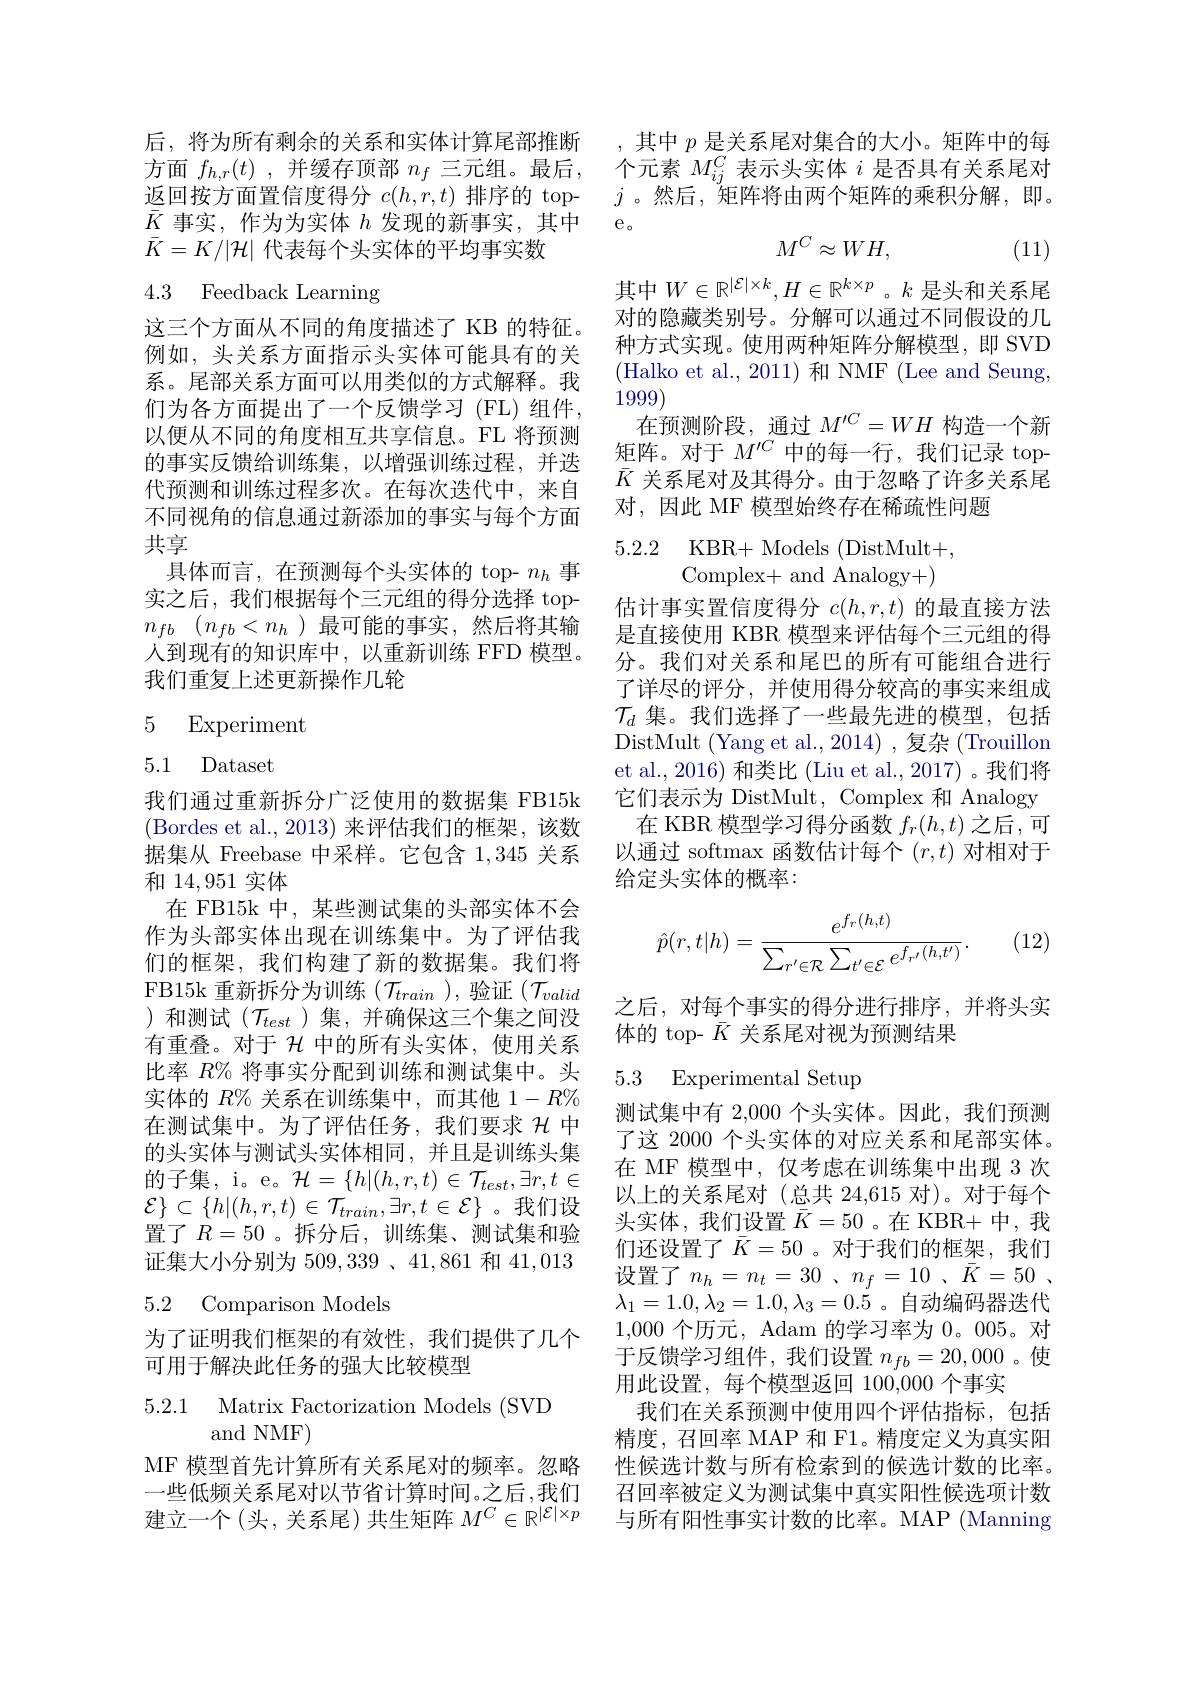
$\bar{K}$事实，作为为实体$h$发现的新事实，其中
$\bar{K}=K/|\mathcal{H}|$代表每个头实体的平均事实数

# 4.3 Feedback Learning

这三个方面从不同的角度描述了 KB 的特征。例如，头关系方面指示头实体可能具有的关系。尾部关系方面可以用类似的方式解释。我们为各方面提出了一个反馈学习(FL)组件， 以便从不同的角度相互共享信息。FL 将预测的事实反馈给训练集，以增强训练过程，并迭代预测和训练过程多次。在每次迭代中，来自不同视角的信息通过新添加的事实与每个方面共享
具体而言，在预测每个头实体的 top- $n_h$事实之后，我们根据每个三元组的得分选择 top- $n_{fb}$ $( n_{fb}< n_h$ )最可能的事实，然后将其输人到现有的知识库中，以重新训练 FFD 模型。我们重复上述更新操作几轮

## 5 Experiment

5.1 Dataset

我们通过重新拆分广泛使用的数据集 FB15k (Bordes et al.,2013)来评估我们的框架，该数据集从 Freebase 中采样。它包含 1,345 关系和14，951实体
在 FB15k 中，某些测试集的头部实体不会作为头部实体出现在训练集中。为了评估我们的框架，我们构建了新的数据集。我们将FB15k 重新拆分为训练$(\mathcal{T}_{train}$ ),验证$(\mathcal{T}_valid$ )和测试($\mathcal{T}_{test}$)集，并确保这三个集之间没有重叠。对于$\mathcal{H}$中的所有头实体，使用关系比率$R\%$将事实分配到训练和测试集中。头实体的$R\%$关系在训练集中，而其他$1-R\%$ 在测试集中。为了评估任务，我们要求$\mathcal{H}$中的头实体与测试头实体相同，并且是训练头集的子集，i。e。$\mathcal{H}=\{h|(h,r,t)\in\mathcal{T}_{test},\exists r,t\in$ $\mathcal{E}\}\subset\{h|(h,r,t)\in\mathcal{T}_{train},\exists r,t\in\mathcal{E}\}$。我们设置了$R=50$ 。拆分后，训练集、测试集和验证集大小分别为 509,339 、41,861 和 41,013

### 5.2 Comparison Models

为了证明我们框架的有效性，我们提供了几个
可用于解决此任务的强大比较模型

5.2.1 Matrix Factorization Models (SVD
and NMF)

MF 模型首先计算所有关系尾对的频率。忽略一些低频关系尾对以节省计算时间。之后，我们建立一个(头，关系尾) 共生矩阵$M^C\in\mathbb{R}^{|\mathcal{E}|\times p}$

后，将为所有剩余的关系和实体计算尾部推断 ,其中$p$是关系尾对集合的大小。矩阵中的每方面$f_{h,r}(t)$ ,并缓存顶部$n_f$三元组。最后，个元素$M_ij^C$表示头实体$i$是否具有关系尾对返回按方面置信度得分$c(h,r,t)$排序的 top- $j$ 。然后，$\tilde\text{矩阵将由两个矩阵的乘积分解，即。}$
e。
$$M^C\approx WH,$$
(11)

其中$W\in\mathbb{R}^{|\mathcal{E}|\times k},H\in\mathbb{R}^{k\times p}$ 。$k$是头和关系尾对的隐藏类别号。分解可以通过不同假设的几种方式实现。使用两种矩阵分解模型，即 SVD (Halko et al., 2011)和 NMF (Lee and Seung, 1999)
在预测阶段，通过$M^{\prime C}=WH$构造一个新矩阵。对于$M^{\prime C}$中的每一行，我们记录 top- $\bar{K}$关系尾对及其得分。由于忽略了许多关系尾对，因此 MF 模型始终存在稀疏性问题

5.2.2 KBR+ Models (DistMult+,
Complex+ and Analogy+)

估计事实置信度得分$c(h,r,t)$的最直接方法是直接使用 KBR 模型来评估每个三元组的得分。我们对关系和尾巴的所有可能组合进行了详尽的评分，并使用得分较高的事实来组成$\mathcal{T}_d$集。我们选择了一些最先进的模型，包括DistMult (Yang et al., 2014) , 复杂 (Trouillon et al., 2016) 和类比 (Liu et al., 2017) 。我们将它们表示为 DistMult, Complex 和 Analogy 在 KBR 模型学习得分函数$f_r(h,t)$之后，可
以通过 softmax 函数估计每个$(r,t)$对相对于
给定头实体的概率：
$$\hat{p}(r,t|h)=\frac{e^{f_r(h,t)}}{\sum_{r'\in\mathcal{R}}\sum_{t'\in\mathcal{E}}e^{f_{r'}(h,t')}}.$$
(12)

之后，对每个事实的得分进行排序，并将头实
体的 top- $\bar{K}$关系尾对视为预测结果

## 5.3 Experimental Setup

测试集中有 2,000 个头实体。因此，我们预测了这 2000 个头实体的对应关系和尾部实体。在 MF 模型中，仅考虑在训练集中出现 3 次以上的关系尾对(总共 24,615 对)。对于每个头实体，我们设置$\bar{K}=50$ 。在 KBR+ 中，我们还设置了$\bar{K}=50$。对于我们的框架，我们设置了$n_h= n_t= 30$ , $n_f= 10$ , $\bar{K} = 50$ , $\lambda_1=1.0,\lambda_2=1.0,\lambda_3=0.5$。自动编码器迭代1,000个历元，Adam 的学习率为0。005。对于反馈学习组件，我们设置$n_fb=20,000$ 。使用此设置，每个模型返回 100,000 个事实
我们在关系预测中使用四个评估指标，包括精度，召回率 MAP 和 F1。精度定义为真实阳性候选计数与所有检索到的候选计数的比率。召回率被定义为测试集中真实阳性候选项计数与所有阳性事实计数的比率。MAP (Manning